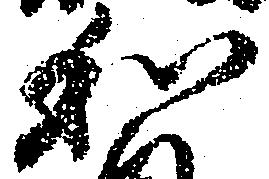
和